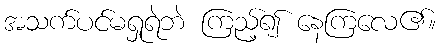
အသက်ပင်မရှုရဲဘဲ ကြည့်၍ နေကြလေ၏။